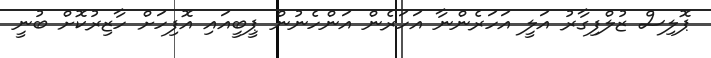
ޕޮލިސް ޒުލްފިގާރު އަލީ އަހަރެންނާ އަހަރެން އަންހެނުން ޕީބީއައި އޮފިހަށް ހާޒިރުކޮށް ބުނީ